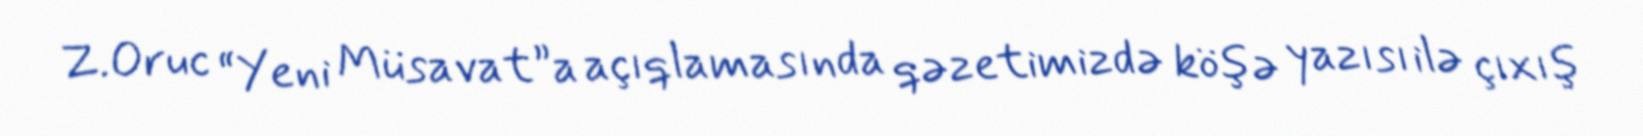
Z.Oruc “Yeni Müsavat”a açıqlamasında qəzetimizdə köşə yazısı ilə çıxış